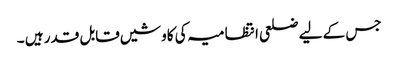
جس کے لیے ضلعی انتظامیہ کی کاوشیں قابل قدر ہیں ۔